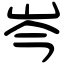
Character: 岑